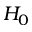
H _ { 0 }